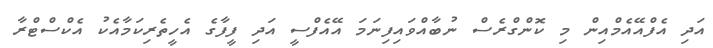
އަދި އެފްއޭއެމްއިން މި ކޮންގްރެސް ނުބާއްވައިފިނަމަ އޭއެފްސީ އަދި ފީފާގެ އެހީތެރިކަމާއެކު އެކްސްޓްރާ